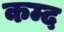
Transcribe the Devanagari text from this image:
कम्द